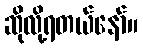
ဆိုလို့ရတယ်နော်။